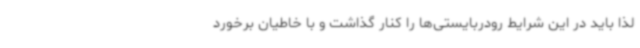
لذا باید در این شرایط رودربایستی‌ها را کنار گذاشت و با خاطیان برخورد